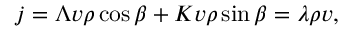
j = \Lambda v \rho \cos { \beta } + K v \rho \sin { \beta } = \lambda \rho v ,